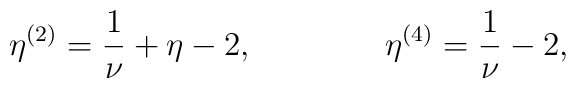
\eta^{(2)} = {1 \over \nu} + \eta - 2, \qquad \qquad \eta^{(4)} = {1 \over \nu} - 2,